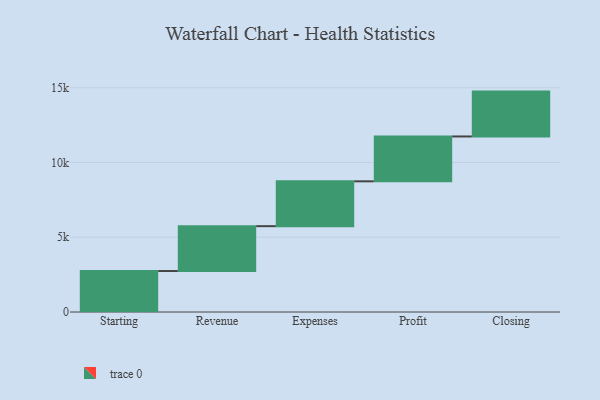
{"axis": {"x": "Step", "y": "Value"}, "legend": [""], "data": [{"x": "Starting", "y": 2740.0, "type": ""}, {"x": "Revenue", "y": 3000, "type": ""}, {"x": "Expenses", "y": 3000, "type": ""}, {"x": "Profit", "y": 3000, "type": ""}, {"x": "Closing", "y": 3000, "type": ""}]}